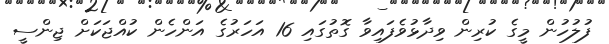
ފުލުހުން މީގެ ކުރިން ވިދާޅުވެފައިވާ ގޮތުގައި 16 އަހަރުގެ އަންހެން ކުއްޖަކަށް ޖިންސީ